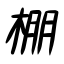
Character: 棚